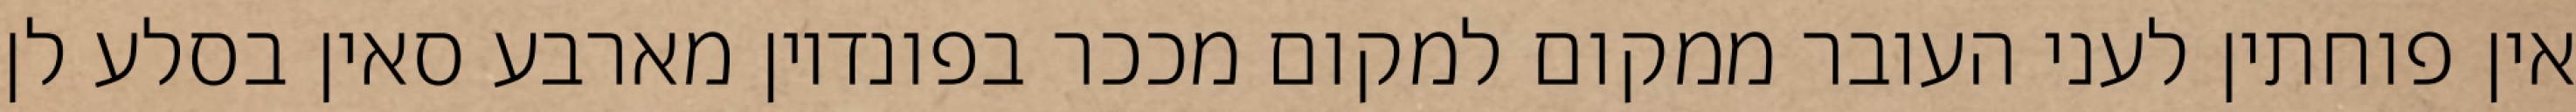
אין פוחתין לעני העובר ממקום למקום מככר בפונדיון מארבע סאין בסלע לן